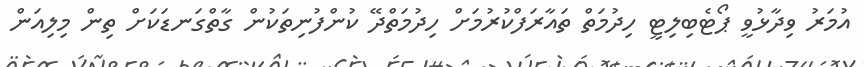
އުމަރު ވިދާޅުވީ ޕޯޓެބިލިޓީ ހިދުމަތް ތައާރަފްކުރުމަށް ހިދުމަތްދޭ ކުންފުނިތަކުން ގާތްގަނޑަކަށް ތިން މިލިއަން